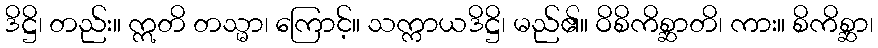
ဒိဋ္ဌိ၊ တည်း။ ဣတိ တသ္မာ၊ ကြောင့်။ သက္ကာယဒိဋ္ဌိ၊ မည်၏။ ဝိစိကိစ္ဆာတိ၊ ကား။ စိကိစ္ဆာ၊